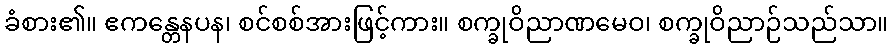
ခံစား၏။ ဧကန္တေနပန၊ စင်စစ်အားဖြင့်ကား။ စက္ခုဝိညာဏမေဝ၊ စက္ခုဝိညာဉ်သည်သာ။